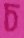
চ